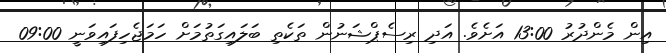
އިން މެންދުރު 13:00 އަށެވެ. އަދި ރިސެޕްޝަނުން ތަކެތި ބަލައިގަތުމަށް ހަމަޖެހިފައިވަނީ 09:00